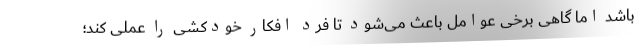
باشد اما گاهی برخی عوامل باعث می‌شود تا فرد افکار خودکشی را عملی کند؛